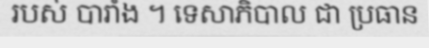
របស់ បារាំង ។ ទេសាភិបាល ជា ប្រធាន